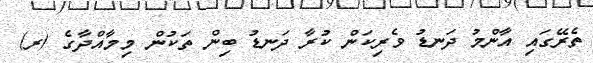
ތެރޭގައި އާންމު ދަނޑު ވެރިކަން ކުރާ ދަނޑު ބިން ތަކުން މިމާއްދާގެ (ރ)